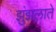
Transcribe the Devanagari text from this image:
झुंझलाते